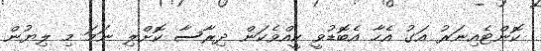
ކޮންޓެއިނަރު އަގު އެހާ އެބޮޑުވީ ކީއްވެކަން ދިރާސާ ކޮށްލި ނަމަަ މި ލިޔުން